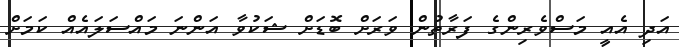
އަދި އެއީ މަސްވެރިންގެ ފަރާތުން ވަރަށް ބޮޑަށް ޝަކުވާ އަންނަ މައްސަލައެއް ކަމަށް